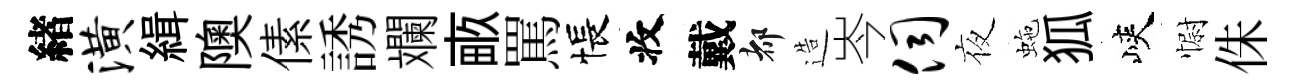
緖潢緝隩傃誘斕畞罵悵收戴都造岑伺夜虵狐峽𢠢侏